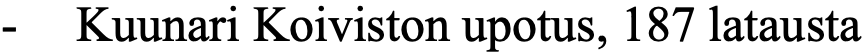
- Kuunari Koiviston upotus, 187 latausta